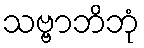
သဗ္ဗာဘိဘုံ